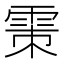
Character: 𩂴